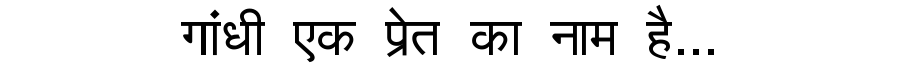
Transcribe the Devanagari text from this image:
गांधी एक प्रेत का नाम है...